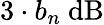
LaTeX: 3\cdot b_{n}\ \mathrm{dB}